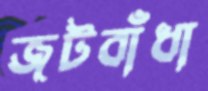
জটবাঁধা